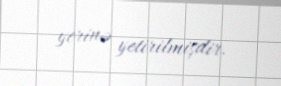
yerinə yetirilmişdir.